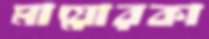
মায়োরকা